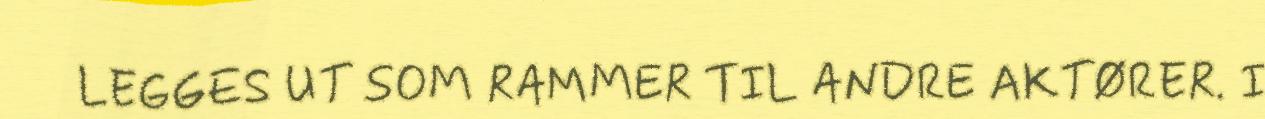
LEGGES UT SOM RAMMER TIL ANDRE AKTØRER. I